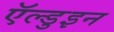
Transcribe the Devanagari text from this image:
ऍल्डुइन